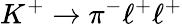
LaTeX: K^{+}\rightarrow\pi^{-}\ell^{+}\ell^{+}